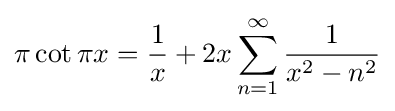
\pi \cot \pi x={\frac {1}{x}}+2x\sum _{n=1}^{\infty }{\frac {1}{x^{2}-n^{2}}}